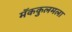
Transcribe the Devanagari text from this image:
मॅककुलमला